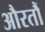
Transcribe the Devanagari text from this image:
औरतौं